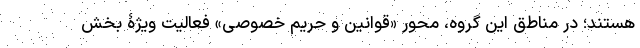
هستند؛ در مناطق این گروه، محور «قوانین و حریم خصوصی» فعالیت ویژۀ بخش